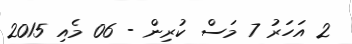
2 އަހަރު 7 މަސް ކުރިން - 06 މެއި 2015